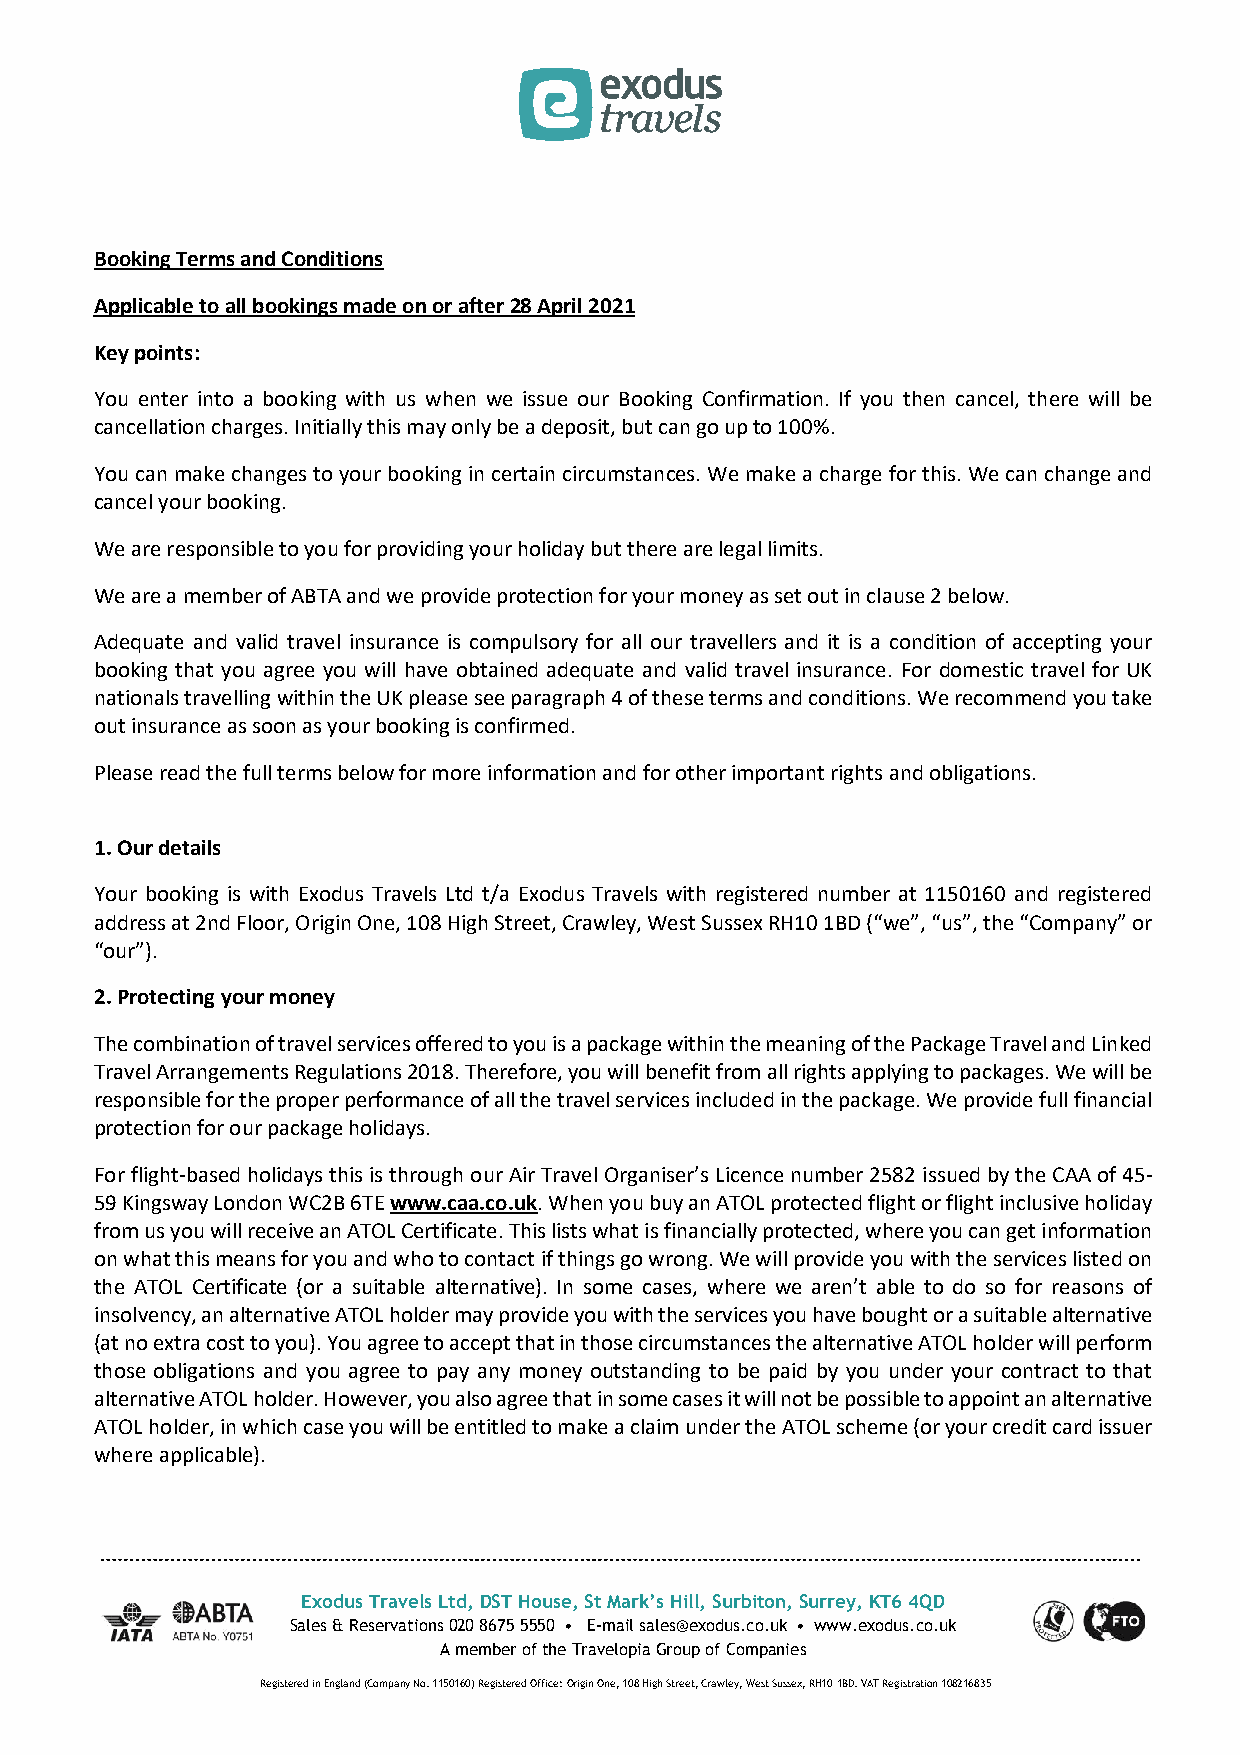
Booking Terms and Conditions
 Applicable to all bookings made on or after 28 April 2021
 Key points:
 You enter into a booking with us when we issue our Booking Confirmation. If you then cancel, there will be
 cancellation charges. Initially this may only be a deposit, but can go up to 100%.
 You can make changes to your booking in certain circumstances. We make a charge for this. We can change and
 cancel your booking.
 We are responsible to you for providing your holiday but there are legal limits.
 We are a member of ABTA and we provide protection for your money as set out in clause 2 below.
 Adequate and valid travel insurance is compulsory for all our travellers and it is a condition of accepting your
 booking that you agree you will have obtained adequate and valid travel insurance. For domestic travel for UK
 nationals travelling within the UK please see paragraph 4 of these terms and conditions. We recommend you take
 out insurance as soon as your booking is confirmed.
 Please read the full terms below for more information and for other important rights and obligations.
 1. Our details
 Your booking is with Exodus Travels Ltd t/a Exodus Travels with registered number at 1150160 and registered
 address at 2nd Floor, Origin One, 108 High Street, Crawley, West Sussex RH10 1BD (“we”, “us”, the “Company” or
 “our”).
 2. Protecting your money
 The combination of travel services offered to you is a package within the meaning of the Package Travel and Linked
 Travel Arrangements Regulations 2018. Therefore, you will benefit from all rights applying to packages. We will be
 responsible for the proper performance of all the travel services included in the package. We provide full financial
 protection for our package holidays.
 For flight-based holidays this is through our Air Travel Organiser’s Licence number 2582 issued by the CAA of 45-
 59 Kingsway London WC2B 6TE www.caa.co.uk. When you buy an ATOL protected flight or flight inclusive holiday
 from us you will receive an ATOL Certificate. This lists what is financially protected, where you can get information
 on what this means for you and who to contact if things go wrong. We will provide you with the services listed on
 the ATOL Certificate (or a suitable alternative). In some cases, where we aren’t able to do so for reasons of
 insolvency, an alternative ATOL holder may provide you with the services you have bought or a suitable alternative
 (at no extra cost to you). You agree to accept that in those circumstances the alternative ATOL holder will perform
 those obligations and you agree to pay any money outstanding to be paid by you under your contract to that
 alternative ATOL holder. However, you also agree that in some cases it will not be possible to appoint an alternative
 ATOL holder, in which case you will be entitled to make a claim under the ATOL scheme (or your credit card issuer
 where applicable).
 Exodus Travels Ltd, DST House, St Mark’s Hill, Surbiton, Surrey, KT6 4QD
 Sales & Reservations 020 8675 5550 • E-mail sales@exodus.co.uk • www.exodus.co.uk
 A member of the Travelopia Group of Companies
 Registered in England (Company No. 1150160) Registered Office: Origin One, 108 High Street, Crawley, West Sussex, RH10 1BD. VAT Registration 108216835